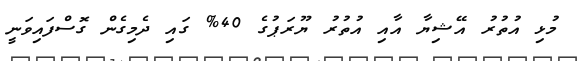
މުޅި އުތުރު އޭޝިޔާ އާއި އުތުރު ޔޫރަޕުގެ 40% ގައި ދެމިގެން ގޮސްފައިވަނީ